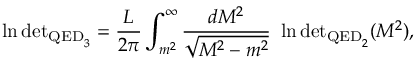
\ln \mathrm { d e t } _ { { \mathrm { \scriptsize { Q E D } } _ { 3 } } } = \frac { L } { 2 \pi } \int _ { m ^ { 2 } } ^ { \infty } \frac { d M ^ { 2 } } { \sqrt { M ^ { 2 } - m ^ { 2 } } } \ \ln \mathrm { d e t } _ { { \mathrm { \scriptsize { Q E D } } _ { 2 } } } ( M ^ { 2 } ) ,